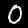
Label: 0